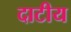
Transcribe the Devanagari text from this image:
दाटीय